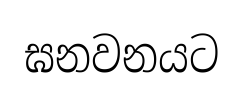
ඝනවනයට